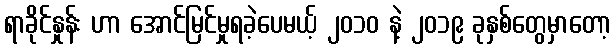
ရာခိုင်နှုန်း ဟာ အောင်မြင်မှုရခဲ့ပေမယ့် ၂၀၁၀ နဲ့ ၂၀၁၉ ခုနှစ်တွေမှာတော့